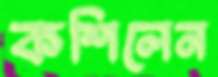
কশিলেন